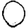
Digit: 0